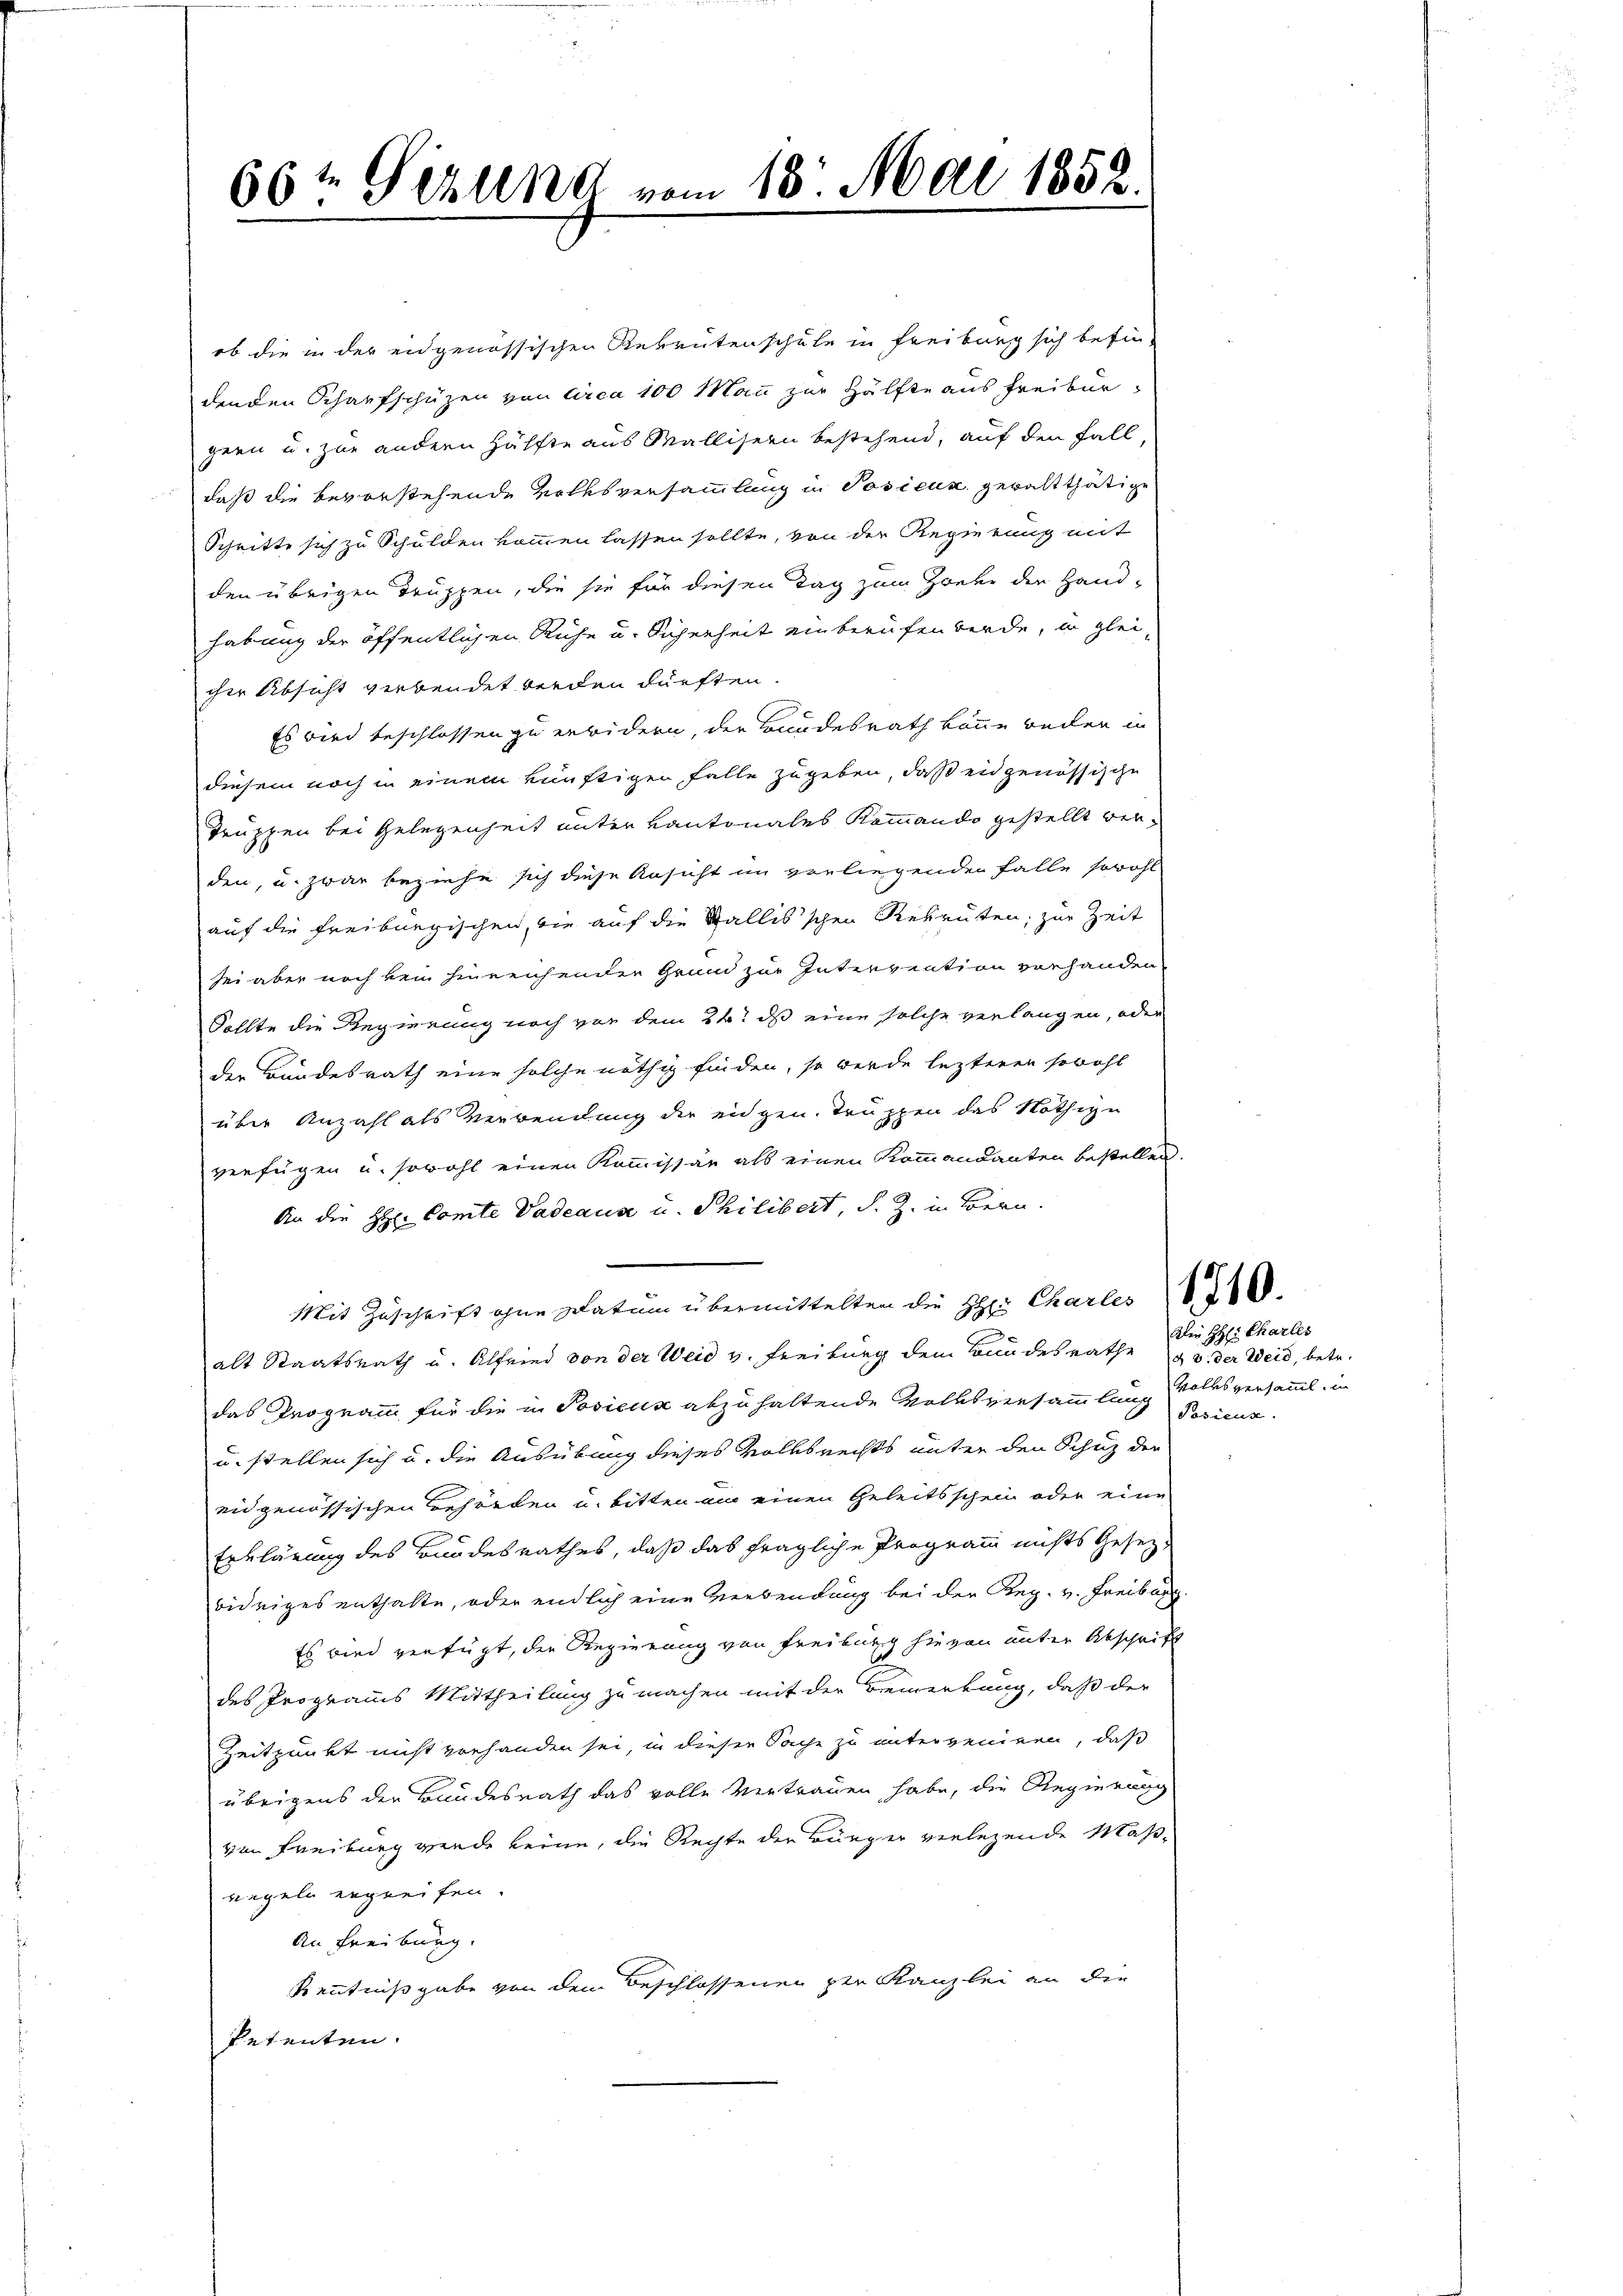
ob die in der eidgenössischen Rekrutenschule in Freiburg sich befin-
denden Schaufschüzen von Circa 100 Mann zur Hälfte aus Freibur
gern u. zur andern Hälfte aus Mallisern bestehend, auf den Fall,
daß die bevorstehende Volksversammlung in Posicus gewaltthätige
Schritte sich zu Schulden kommen lassen sollte, von der Regierung mit
den übrigen Truppen, die sie für diesen Tag zum Zweke der Hand-
habung der öffentlichen Ruhe u. Sicherheit einberufen werde, in gleicher Absicht verbendet werden dürften.
Es wird beschlossen zu erbidern, der Bundesrath könne reden in
diesem noch in einem künftigen Falle zugeben, daß eidgenössische
Truppen bei Gelegenheit unter Kantonales Kommando gestellt werden, u. zwar beziehe sich diese Ansicht im verliegenden Falle sowohl
auf die Freiburgischen, wie auf die Stallis'schen Rekruten, zur Zeit
sei aber noch kein hinreichender Grund zur Intervention vorhanden
Sollte die Regierung noch von dem 24t ds eine solche verlangen, oder
der Bundesrath eine solche nöthig finden, so werde lezteren sowohl
über Anzahl als Verwendung der eidgen. Truppen das Nothiyn
verfügen u. sowohl einen Kommissär als einen Kommandanten bestellen,
An die Hr. Comte Vadeaus u. Philibert, S. Z. in Bern.
Mit Zuschrift ohne Datum übermittelten die H: Charles
alt Staatsrath u. Alfried von der Weid v. Freiburg dem Bundesrathe u. der Weid, betr.
das Programm für die in Posicus abzuhaltende Volksversammlung Volksversamml. in
u. stellen sich u. die Ausübung dieses Volksrechts unter den Schuz der
eidgenössischen Behörden u. bitten ein einen Geleitsschein oder eine
Erklärung des Bundesrathes, daß das fragliche Programm nichts Gesezbidriges enthalte, oder endlich eine Verbendung bei der Reg. v. Freibar.
Es wird verfügt, der Regierung von Freiburg hievon unter Abschrift
des Programms Mittheilung zu machen mit der Bemerkung, daß der
Zeitpunkt nicht vorhanden sei, in dieser Sache zu unterveniren, daß
übrigens der Bundesrath das volle Vertrauen habe, die Regierung
von Freiburg werde keine, die Rechte der Bürger verlegende Maßregeln ergreifen.
An Freiburg.
Kenntnißgabe von dem Beschlossenen zur Kanzlei an die
Petenten.

66t Gizung vom 13. Mai 1852.

Die H: Charles
Posicus.